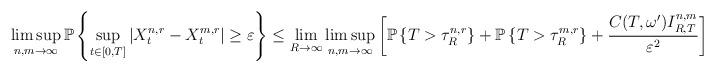
LaTeX: \begin{align*}\limsup_{n,m\to\infty}\mathbb{P}\left\lbrace \sup_{t\in[0,T]} \left\lvert X^{n,r}_t-X^{m,r}_t\right\rvert\ge \varepsilon\right\rbrace \le \lim_{R\to\infty}\limsup_{n,m\to\infty}\left[\mathbb{P} \left\lbrace T>\tau^{n,r}_R\right\rbrace + \mathbb{P}\left\lbrace T>\tau^{m,r}_R\right\rbrace + \frac{C(T,{\omega^\prime})I^{n,m}_{R,T}}{\varepsilon^2} \right]=0\, . \end{align*}